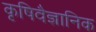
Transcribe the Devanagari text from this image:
कृषिवैज्ञानिक